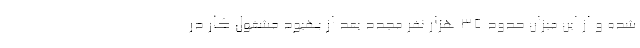
شده و از این میزان حدود ۳۵ هزار نفر مجدد بعد از بهبود مشغول کار در